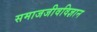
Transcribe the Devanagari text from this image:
समाजजीवविज्ञान